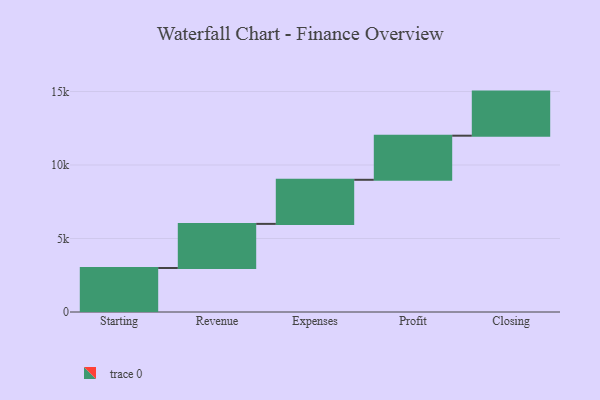
{"axis": {"x": "Step", "y": "Value"}, "legend": [""], "data": [{"x": "Starting", "y": 2995.0, "type": ""}, {"x": "Revenue", "y": 3000, "type": ""}, {"x": "Expenses", "y": 3000, "type": ""}, {"x": "Profit", "y": 3000, "type": ""}, {"x": "Closing", "y": 3000, "type": ""}]}